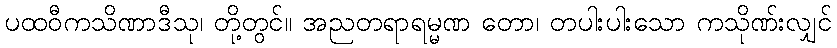
ပထဝီကသိဏာဒီသု၊ တို့တွင်။ အညတရာရမ္မဏ တော၊ တပါးပါးသော ကသိုဏ်းလျှင်